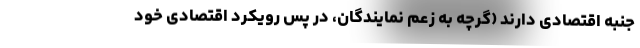
جنبه اقتصادی دارند (گرچه به زعم نمایندگان، در پس رویکرد اقتصادی خود